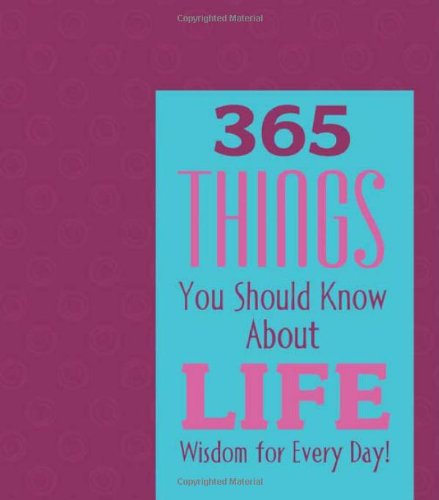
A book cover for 365 Things You Should Know About Life: Wisdom for Every Day! (365 Perpetual Calendars); Calendars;